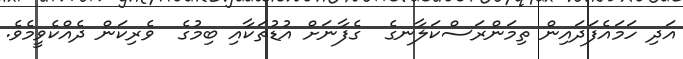
އަދި ހަމައެފަދައިން ތިމަންރަސްކަލާނގެ  ގެފާނަށް އުޑުތަކާއި ބިމުގެ  ވެރިކަން ދެއްކެވީމެވެ.